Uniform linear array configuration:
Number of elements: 64
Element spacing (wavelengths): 1
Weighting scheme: binomial
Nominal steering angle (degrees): -45
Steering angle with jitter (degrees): -43.756
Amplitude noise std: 0.05
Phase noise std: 0.05

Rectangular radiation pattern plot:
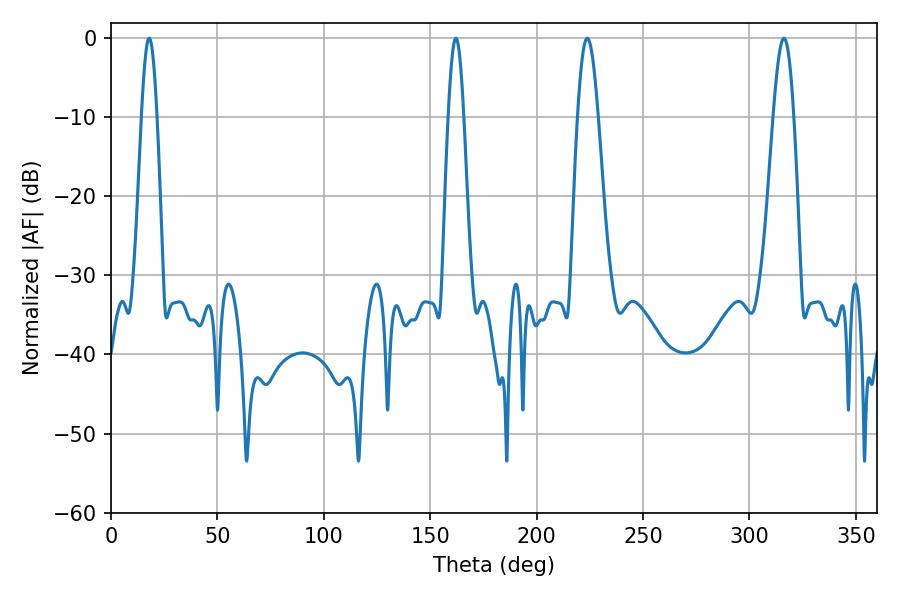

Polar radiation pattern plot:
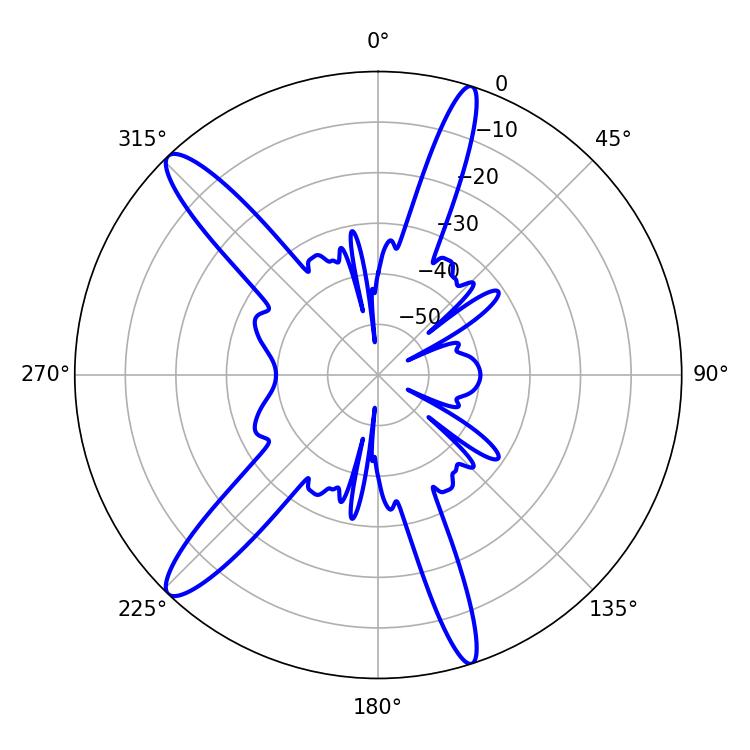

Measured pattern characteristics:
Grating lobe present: TRUE
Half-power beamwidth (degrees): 5.22
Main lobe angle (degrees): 223.74